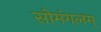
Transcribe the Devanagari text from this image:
सोमंगलम्